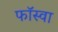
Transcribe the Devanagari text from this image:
फॉस्वा